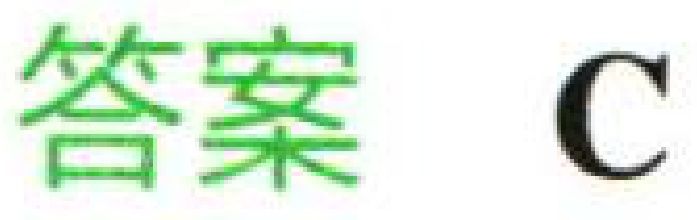
答案 C